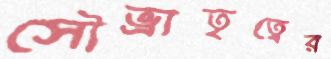
সৌভ্রাতৃত্বের